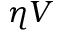
\eta V